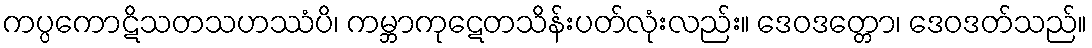
ကပ္ပကောဋိသတသဟဿံပိ၊ ကမ္ဘာကုဋေတသိန်းပတ်လုံးလည်း။ ဒေဝဒတ္တော၊ ဒေဝဒတ်သည်။